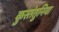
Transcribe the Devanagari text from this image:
कुस्तंतुनिया